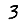
Digit: 3